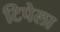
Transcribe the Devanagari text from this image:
टिपेला